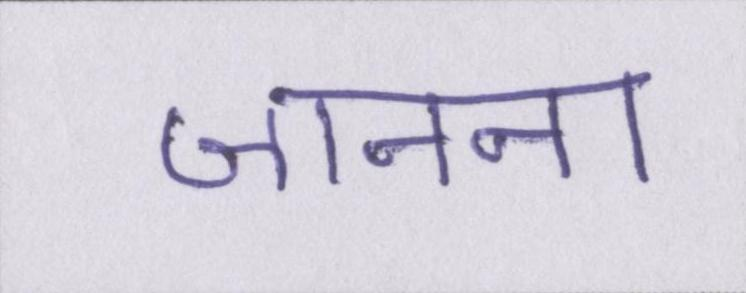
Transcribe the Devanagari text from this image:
जानना